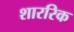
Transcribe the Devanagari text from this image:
शाररिक